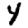
Digit: 4